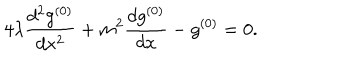
4 \lambda \frac { d ^ { 2 } g ^ { ( 0 ) } } { d x ^ { 2 } } + m ^ { 2 } \frac { d g ^ { ( 0 ) } } { d x } - g ^ { ( 0 ) } = 0 .